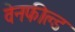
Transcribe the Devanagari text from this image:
वेनफील्ड